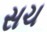
સચ